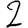
Digit: 2